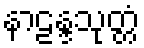
နာဠန္ဒသုတ္တံ